Cholera in India, 1862 to 1881
Year: 1862
Disease focus: Cholera
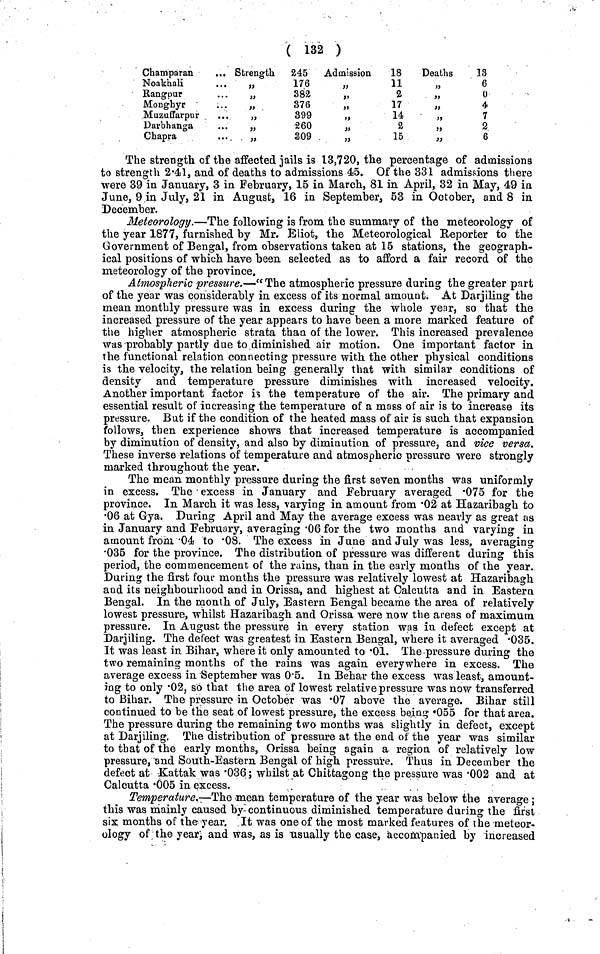
( 132 )
Cham par an
...
Noakhali
Rang pur
Monghyr
Muzuffarpur
Darbhanga
Chapra
Strength
245
176
382
376
„
399
260
„
309
Admission
18
11
2
17
14
2
15
Deaths
13
6
0
4
7
2
6
The strength of the affected jails is 13,720, the percentage of admissions
to strength 2·41, and of deaths to admissions 45. Of the 331 admissions there
were 39 in January, 3 in February, 15 in March, 81 in April, 32 in May, 49 in
June, 9 in July, 21 in August, 16 in September, 53 in October, and 8 in
December.
Meteorology.—The following is from the summary of the meteorology of
the year 1877, furnished by Mr. Eliot, the Meteorological Reporter to the
Government of Bengal, from observations taken at 15 stations, the geograph-
ical positions of which have been selected as to afford a fair record of the
meteorology of the province.
Atmospheric pressure.—"The atmospheric pressure during the greater part
of the year was considerably in excess of its normal amount. At Darjiling the
mean monthly pressure was in excess during the whole year, so that the
increased pressure of the year appears to have been a more marked feature of
the higher atmospheric strata than of the lower. This increased prevalence
was probably partly due to diminished air motion. One important factor in
the functional relation connecting pressure with the other physical conditions
is the velocity, the relation being generally that with similar conditions of
density and temperature pressure diminishes with increased velocity.
Another important factor is the temperature of the air. The primary and
essential result of increasing the temperature of a mass of air is to increase its
pressure. But if the condition of the heated mass of air is such that expansion
follows, then experience shows that increased temperature is accompanied
by diminution of density, and also by diminution of pressure, and vice versa.
These inverse relations of temperature and atmospheric pressure were strongly
marked throughout the year.
The mean monthly pressure during the first seven months was uniformly
in excess. The • excess in January and February averaged ·075 for the
province. In March it was less, varying in amount from ·02 at Hazaribagh to
•06 at Gya. During April and May the average excess was nearly as great as
in January and February, averaging ·06 for the two months and varying in
amount from ·04 to ·08. The excess in June and July was less, averaging
·035 for the province. The distribution of pressure was different during this
period, the commencement of the rains, than in the early months of the year.
During the first four months the pressure was relatively lowest at Hazaribagh
and its neighbourhood and in Orissa, and highest at Calcutta and in Eastern
Bengal. In the month of July, Eastern Bengal became the area of relatively
lowest pressure, whilst Hazaribagh and Orissa were now the areas of maximum
pressure. In August the pressure in every station was in defect except at
Darjiling. The defect was greatest in Eastern Bengal, where it averaged ·035.
It was least in Bihar, where it only amounted to ·01. The-pressure during the
two remaining months of the rains was again everywhere in excess. The
average excess in September was 0·5. In Behar the excess was least, amount-
ing to only ·02, so that the area of lowest relative pressure was now transferred
to Bihar. The pressure in October was ·07 above the average. Bihar still
continued to be the seat of lowest pressure, the excess be.ing ·055 for that area.
The pressure during the remaining two months was slightly in defect, except
at Darjiling. The distribution of pressure at the end of the year was similar
to that of the early months, Orissa being again a region of relatively low
pressure, and South-Eastern Bengal of high pressure. Thus in December the
defect at Kattak was ·036; whilst at Chittagong the pressure was ·002 and at
Calcutta ·005 in excess.
Temperature.—The mean temperature of the year was below the average;
this was mainly caused by-continuous diminished temperature during the first
six months of the year. It was one of the most marked features of the meteor-
ology of the year and was, as is usually the case, accompanied by increased